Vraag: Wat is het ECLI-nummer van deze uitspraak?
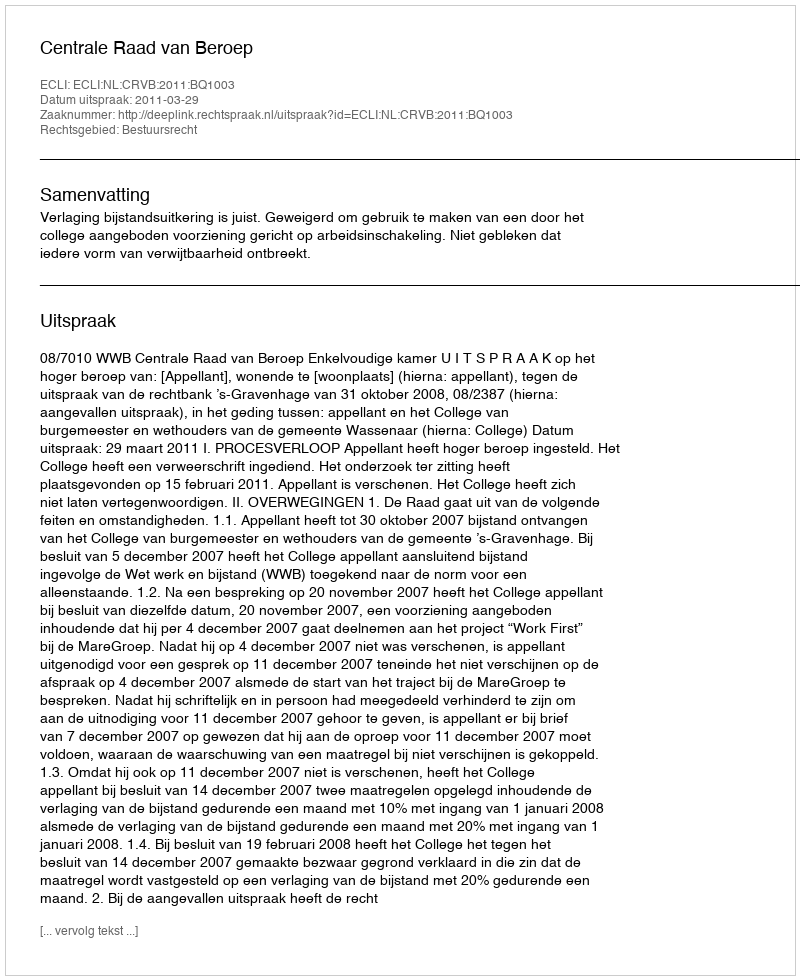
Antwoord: ECLI:NL:CRVB:2011:BQ1003